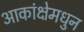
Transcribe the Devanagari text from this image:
आकांक्षेमधुन